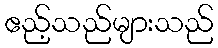
ဧည့်သည်များသည်